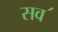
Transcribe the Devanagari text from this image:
सव॔